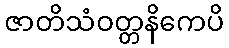
ဇာတိသံဝတ္တနိကေပိ